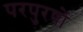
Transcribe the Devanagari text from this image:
परपुरषों